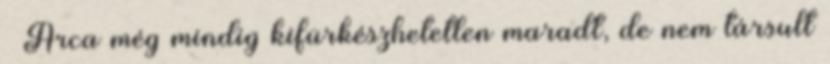
– Arca még mindig kifürkészhetetlen maradt, de nem társult